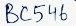
Text: BC546